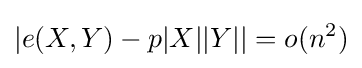
\left|e(X,Y)-p|X||Y|\right|=o(n^{2})